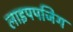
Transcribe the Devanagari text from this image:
लाइपपजिग